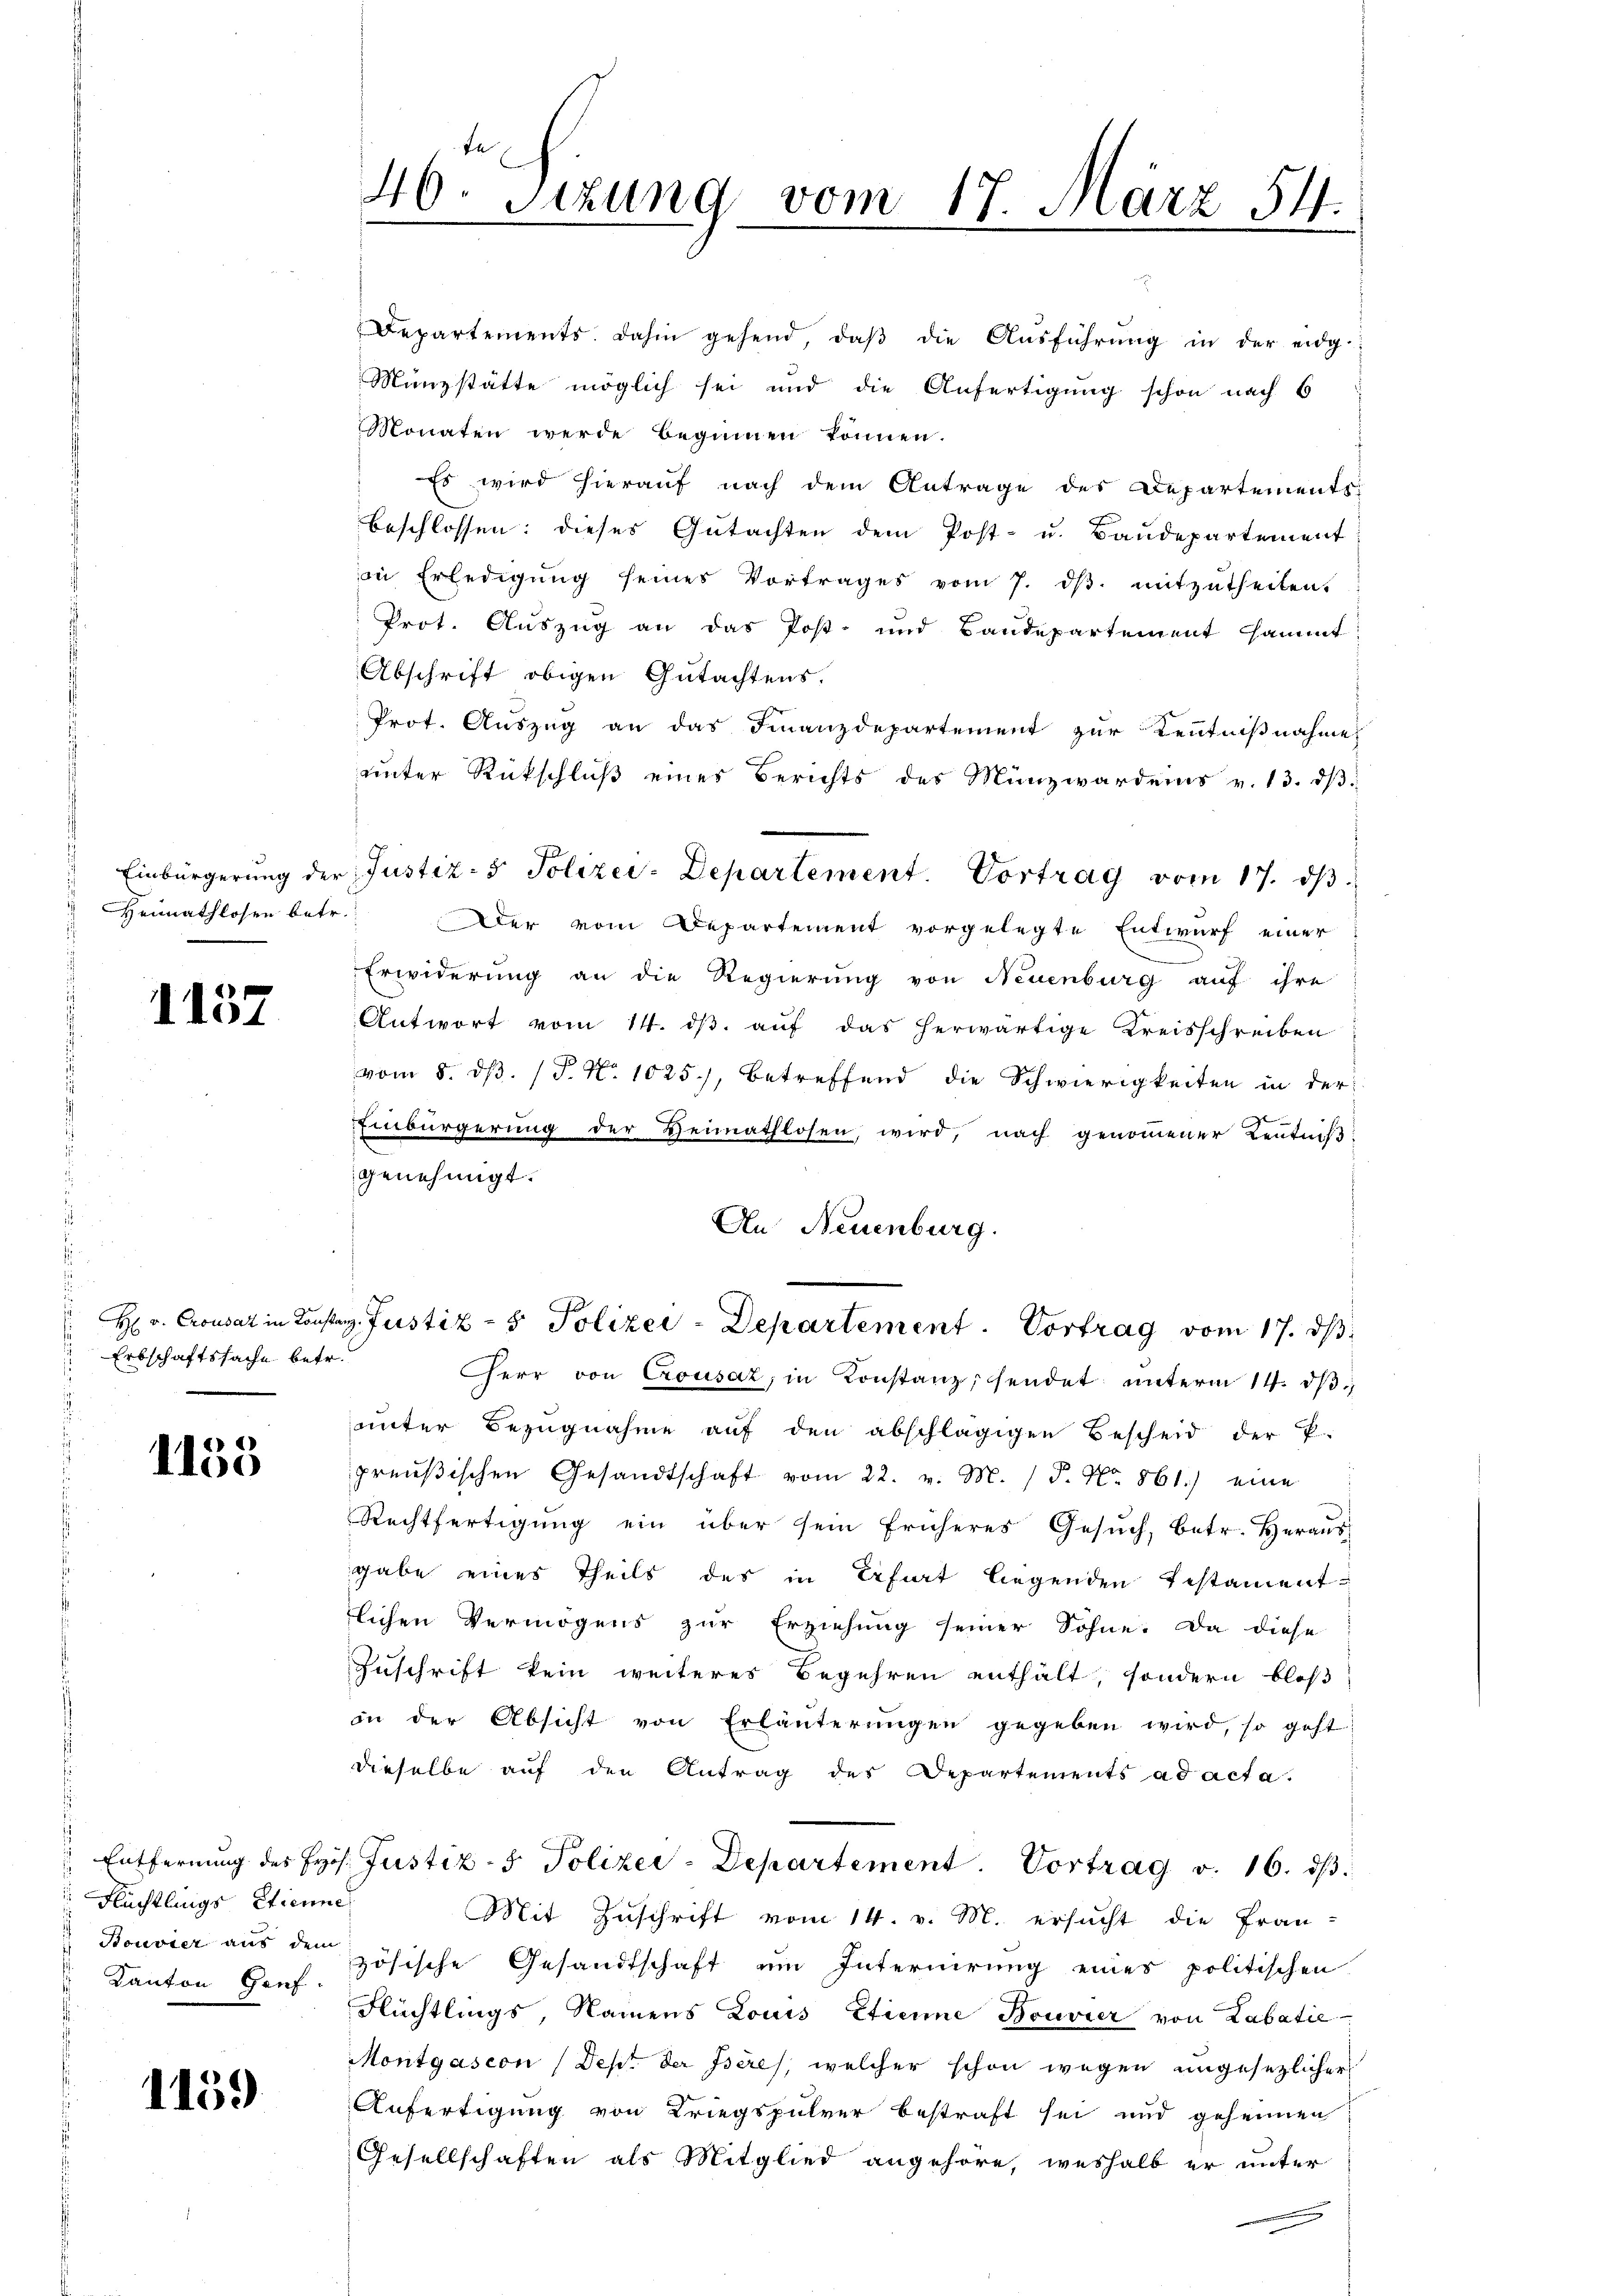
1157

Erbschaftssache betr.
d

1155

Flüchtlings Etienne
 Kanton Genf

1159

40. Sizung vom 17. März 54.

Departements. dahin gehend, daβ die Ausführung in der eidg.
Münzstätte möglich sei und die Anfertigung schon nach 6
Monaten werde beginnen können.
Es wird hierauf nach dem Antrage des Departements
beschlossen: dieses Gutachten dem Post- u. Baudepartement
in Erledigŭng seines Vortrages vom 7. dβ. mitzutheilen.
Prot. Auszug an das Post- und Bandepartement sammt
Abschrift obigen Gutachtens.
Prot. Auszug an das Finanzdepartement zur Kenntnißnahme
unter Rückschluß eines Berichts des Münzward eins v. 13. dβ
Einbürgerŭng der Justiz- & Polizei-Departement. Vortrag vom 17. dβ
" Heimathlosen betr. Der vom Departement vorgelegte Entwurf einer
Erwiderung an die Regierung von Neuenburg auf ihre
Antwort vom 14. dβ. auf das herwärtige Kreisschreiben
vom 8. dβ. (T. No. 1025), betreffend die Schwierigkeiten in der
Einbürgerung der Heimathlosen, wird, nach genoṁener Zentniβ
genehmigt.
An Neuenburg.
 H: v. Crousart in Konsten Justiz- & Polizei - Departement. Vortrag vom 17. ds.
Herr von Crousaz, in Konstanz, sendet unterm 14. dβ.
unter Bezugnahme auf den abschlägigen Bescheid der P.
preußischen Gesandtschaft vom 22. v. M. P. Nr. 861.) eine
Rechtfertigŭng ein über sein früheres Gesŭch, betr. Heraus
gabe eines Theils des in Erfurt liegenden Testamenttlichen Vermögens zur Erziehung seiner Söhne. Da diese
Zuschrift kein weiteres Begehren enthält, sondern bloß
in der Absicht von Erläuterŭngen gegeben wird, so geht
dieselbe aŭf den Antrag des Departements ad acta.
 Entfernung des Jos. Justiz- & Polizei-Departement. Vortrag v. 16. dβ.
Mit Zuschrift vom 14. v. M. ersucht die Fran-
 Bouvier aus den zösische Gesandtschaft um Internirung eines politischen
Flüchtlings, Namens Louis Etienne Bouvier von Labatie
Montgasion (Dept der Iseres, welcher schon wegen ungesezlicher
Anfertigung von Kriegspulver bestraft sei und geheimen
Gesellschaften als Mitglied angehöre, weshalb er unter
e